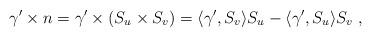
LaTeX: \begin{align*}\gamma'\times n=\gamma'\times (S_u\times S_v) = \langle\gamma',S_v\rangle S_u-\langle\gamma',S_u\rangle S_v \; , \end{align*}